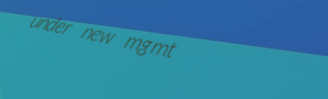
under new mgmt